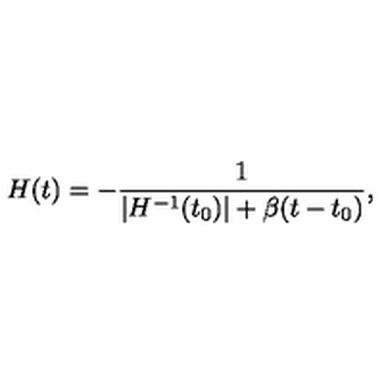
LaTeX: H ( t ) = - { \frac { 1 } { \vert H ^ { - 1 } ( t _ { 0 } ) \vert + \beta ( t - t _ { 0 } ) } } ,